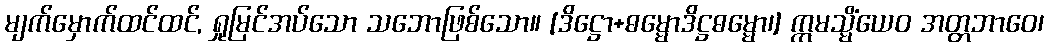
မျက်မှောက်ထင်ထင်, ရှုမြင်အပ်သော သဘောဖြစ်သော။ [ဒိဋ္ဌော+ဓမ္မောဒိဋ္ဌဓမ္မော၊] ဣမသ္မိံယေဝ အတ္တဘာဝေ၊